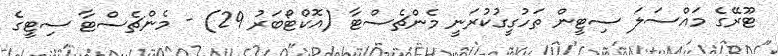
ޓޫރޭގެ މައްސަލަ ސިޓީން ތަހުގީގުކުރަނީ މެންޗެސްޓާ (އޮކްޓޯބަރު 29) - މެންޗެސްޓާ ސިޓީގެ